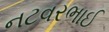
નટવરભાઈ